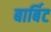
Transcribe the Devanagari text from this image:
बार्बिट